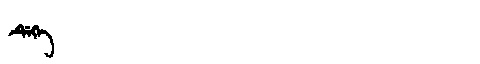
Manchu: ᡩᡝᡴᡝ
Romanization: DEKE